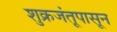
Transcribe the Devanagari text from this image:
शुक्रजंतूपासून